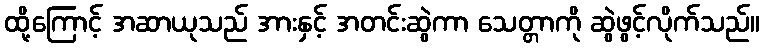
ထို့ကြောင့် အဆာယုသည် အားနှင့် အတင်းဆွဲကာ သေတ္တာကို ဆွဲဖွင့်လိုက်သည်။